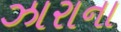
ઝારાના